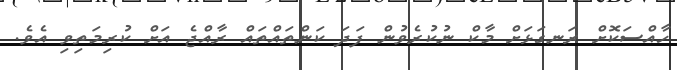
ހާއްސަކޮށް ރަނގަޅަށް މާކް ނުކުރެވުން ފަދަ ކަންތައްތައް ރާއްޖެ އަށް ކުރިމަތިވި އެވެ.